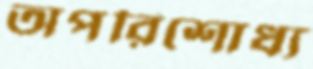
অপরিশোধ্য